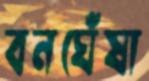
বনঘেঁষা